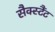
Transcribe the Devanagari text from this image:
सैक्स्टैंट